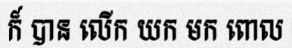
ក៏ បាន លើក យក មក ពោល